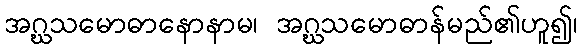
အဂ္ဃသမောဓာနောနာမ၊ အဂ္ဃသမောဓာန်မည်၏ဟူ၍၊